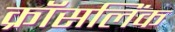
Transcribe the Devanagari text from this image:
क्रॉसलिंक